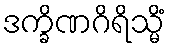
ဒက္ခိဏဂိရိသ္မိံ